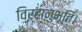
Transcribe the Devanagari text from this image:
विरहानुभूति।